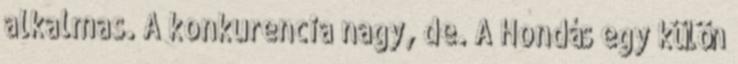
alkalmas. A konkurencia nagy, de. A Hondás egy külön